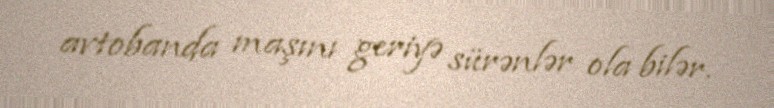
avtobanda maşını geriyə sürənlər ola bilər.